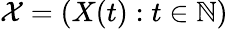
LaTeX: \mathcal{X}=(X(t):t\in\mathbb{N})